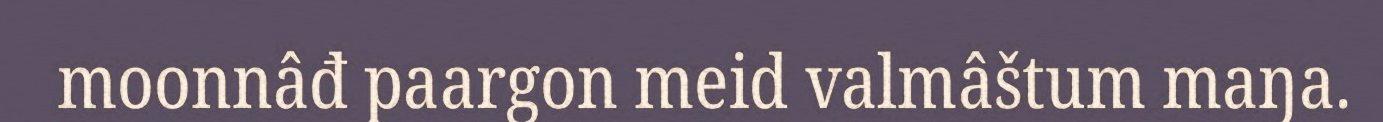
moonnâđ paargon meid valmâštum maŋa.